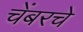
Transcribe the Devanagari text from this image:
चेंबरचे